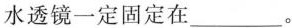
水透镜一定固定在___。